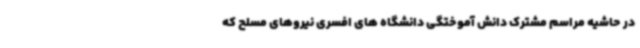
در حاشیه مراسم مشترک دانش آموختگی دانشگاه های افسری نیروهای مسلح که